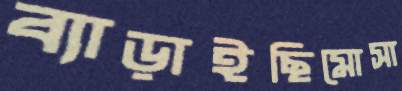
ব্যাড়াইছিমোসা